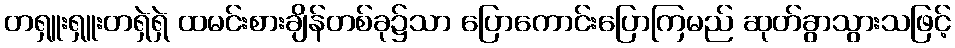
တရှူးရှူးတရှဲရှဲ ထမင်းစားချိန်တစ်ခု၌သာ ပြောကောင်းပြောကြမည် ဆုတ်ခွာသွားသဖြင့်